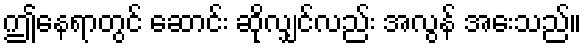
ဤနေရာတွင် ဆောင်း ဆိုလျှင်လည်း အလွန် အေးသည်။